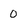
Character: 0